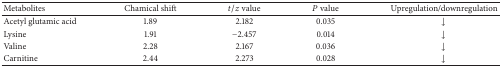
<table><thead><tr><td><b>Metabolites</b></td><td><b>Chamical shift</b></td><td><b><i>t</i>/<i>z</i> value</b></td><td><b><i>P</i> value</b></td><td><b>Upregulation/downregulation</b></td></tr></thead><tbody><tr><td>Acetyl glutamic acid</td><td>1.89</td><td>2.182</td><td>0.035</td><td>↓</td></tr><tr><td>Lysine</td><td>1.91</td><td>−2.457</td><td>0.014</td><td>↓</td></tr><tr><td>Valine</td><td>2.28</td><td>2.167</td><td>0.036</td><td>↓</td></tr><tr><td>Carnitine</td><td>2.44</td><td>2.273</td><td>0.028</td><td>↓</td></tr></tbody></table>